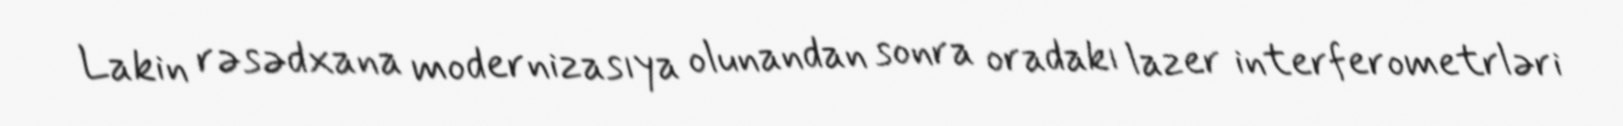
Lakin rəsədxana modernizasıya olunandan sonra oradakı lazer interferometrləri